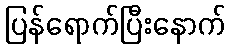
ပြန်ရောက်ပြီးနောက်